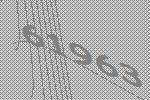
61963